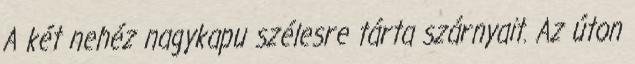
A két nehéz nagykapu szélesre tárta szárnyait. Az úton